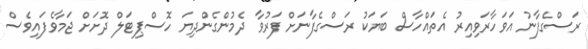
ރަސްގެފާނު އަވަހާރަވިއިރު އެތައްހާސް ބަޔަކު ރަސްގެފާނަށް ފަރުވާ ދެމުންގެންދިޔަ ހޮސްޕިޓަލް ދޮށަށް ޖަމާވެފައިވެސް